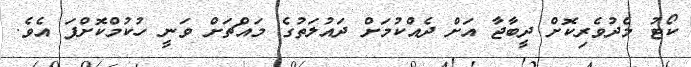
ކޯޓު މެދުވެރިކޮށް ދީބާޖާ އަށް ދެއްކުމަށް ދައުލަތުގެ މައްޗަށް ވަނީ ހުކުމްކޮށްފަ އެވެ.